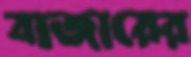
বাজারের